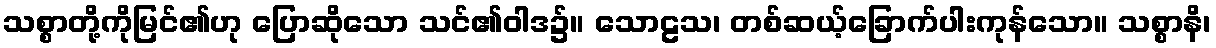
သစ္စာတို့ကိုမြင်၏ဟု ပြောဆိုသော သင်၏ဝါဒ၌။ သောဠသ၊ တစ်ဆယ့်ခြောက်ပါးကုန်သော။ သစ္စာနိ၊